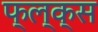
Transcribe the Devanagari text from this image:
फ्ल्क्स